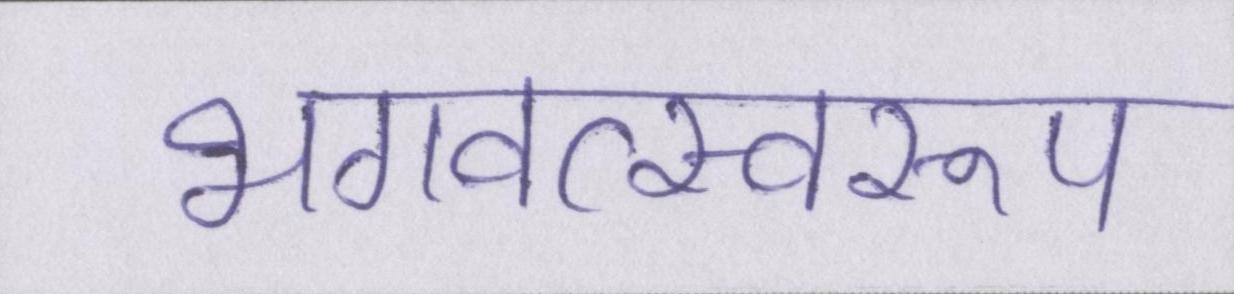
भगवत्स्वरूप